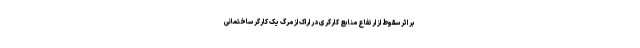
بر اثر سقوط از ارتفاع منابع کارگری در اراک از مرگ یک کارگر ساختمانی